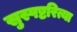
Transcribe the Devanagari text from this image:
सुस्पष्टरित्या